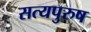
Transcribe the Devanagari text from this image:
सत्यपुरुष